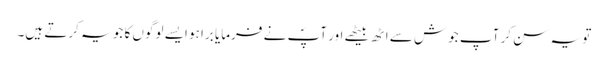
تو یہ سن کر آپ جوش سے اٹھ بیٹھے اور آپؐ نے فرمایا برا ہو ایسے لوگوں کا جو یہ کرتے ہیں۔